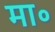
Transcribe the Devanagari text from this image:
मा॰